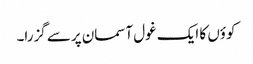
کوؤں کا ایک غول آسمان پرسے گزرا۔